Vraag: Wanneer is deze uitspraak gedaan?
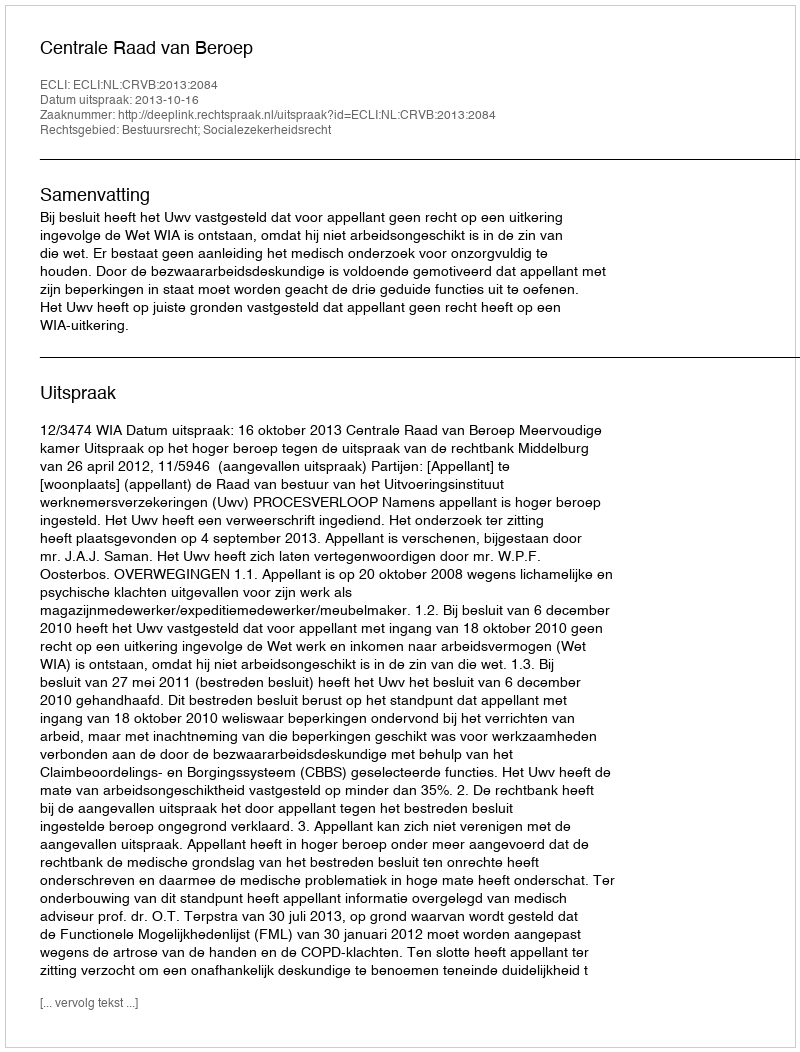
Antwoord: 2013-10-16